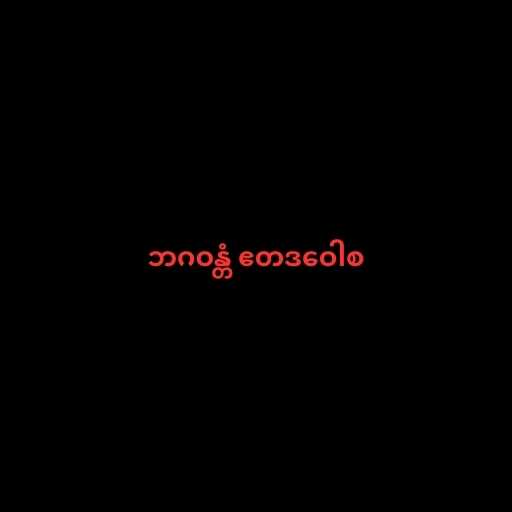
ဘဂဝန္တံ ဧတဒဝေါစ